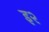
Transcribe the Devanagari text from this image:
इ२